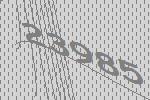
23985